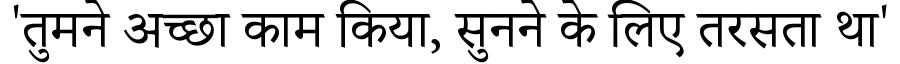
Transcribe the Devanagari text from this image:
'तुमने अच्छा काम किया, सुनने के लिए तरसता था'